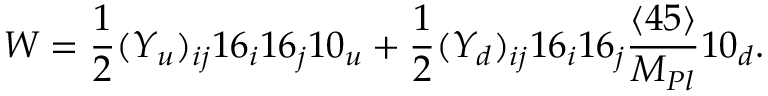
W = \frac { 1 } { 2 } ( Y _ { u } ) _ { i j } 1 6 _ { i } 1 6 _ { j } 1 0 _ { u } + \frac { 1 } { 2 } ( Y _ { d } ) _ { i j } 1 6 _ { i } 1 6 _ { j } \frac { \langle 4 5 \rangle } { M _ { P l } } 1 0 _ { d } .